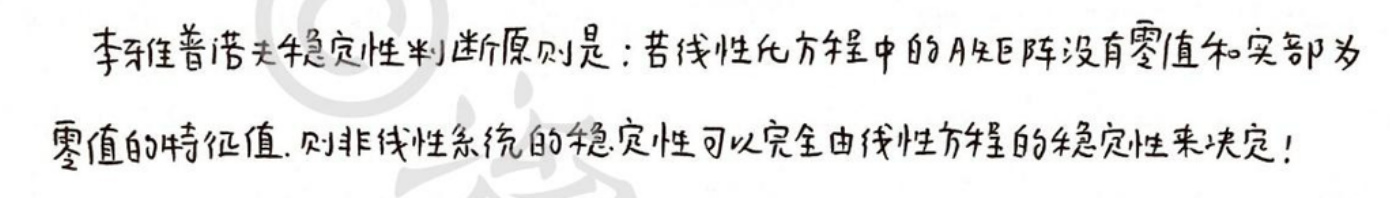
李雅普诺夫稳定性判断原则是：若线性化方程中的A矩阵没有零值和实部为零值的特征值，则非线性系统的稳定性可以完全由线性方程的稳定性来决定！